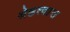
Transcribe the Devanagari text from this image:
श्रेष्ठत्वास